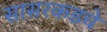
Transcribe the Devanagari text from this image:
सासरकडचे